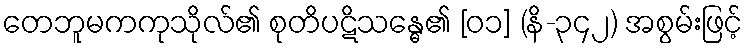
တေဘူမကကုသိုလ်၏ စုတိပဋိသန္ဓေ၏ [၀၁] (နိ-၃၄၂) အစွမ်းဖြင့်